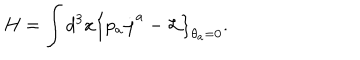
H = \int d ^ { 3 } x \left\{ p _ { a } \stackrel { . } { \varphi } ^ { a } - { \cal L } \right\} _ { \theta _ { a } = 0 } .